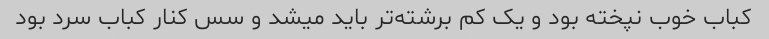
کباب خوب نپخته بود و یک کم برشته‌تر باید میشد و سس کنار کباب سرد بود